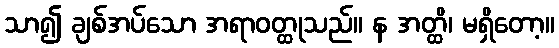
သာ၍ ချစ်အပ်သော အရာဝတ္ထုသည်။ န အတ္ထိ၊ မရှိတော့။